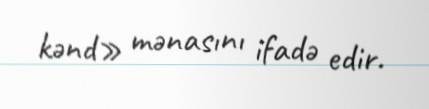
kənd» mənasını ifadə edir.